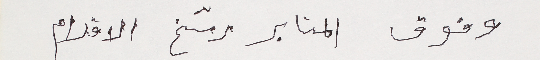
وفوق المنابر رسّخ الاقدام